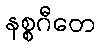
နစ္စဂီတေ